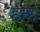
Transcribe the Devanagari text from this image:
हम्ह